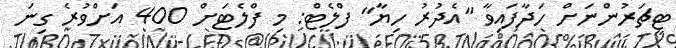
ޓީޗަރުންނަށް ހަދާފައިވާ "އެދުރު ހިޔާ" ފްލެޓް: މި ފްލެޓަށް 400 އަށްވުރެ ގިނަ